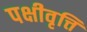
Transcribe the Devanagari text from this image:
पक्षीवृत्ति